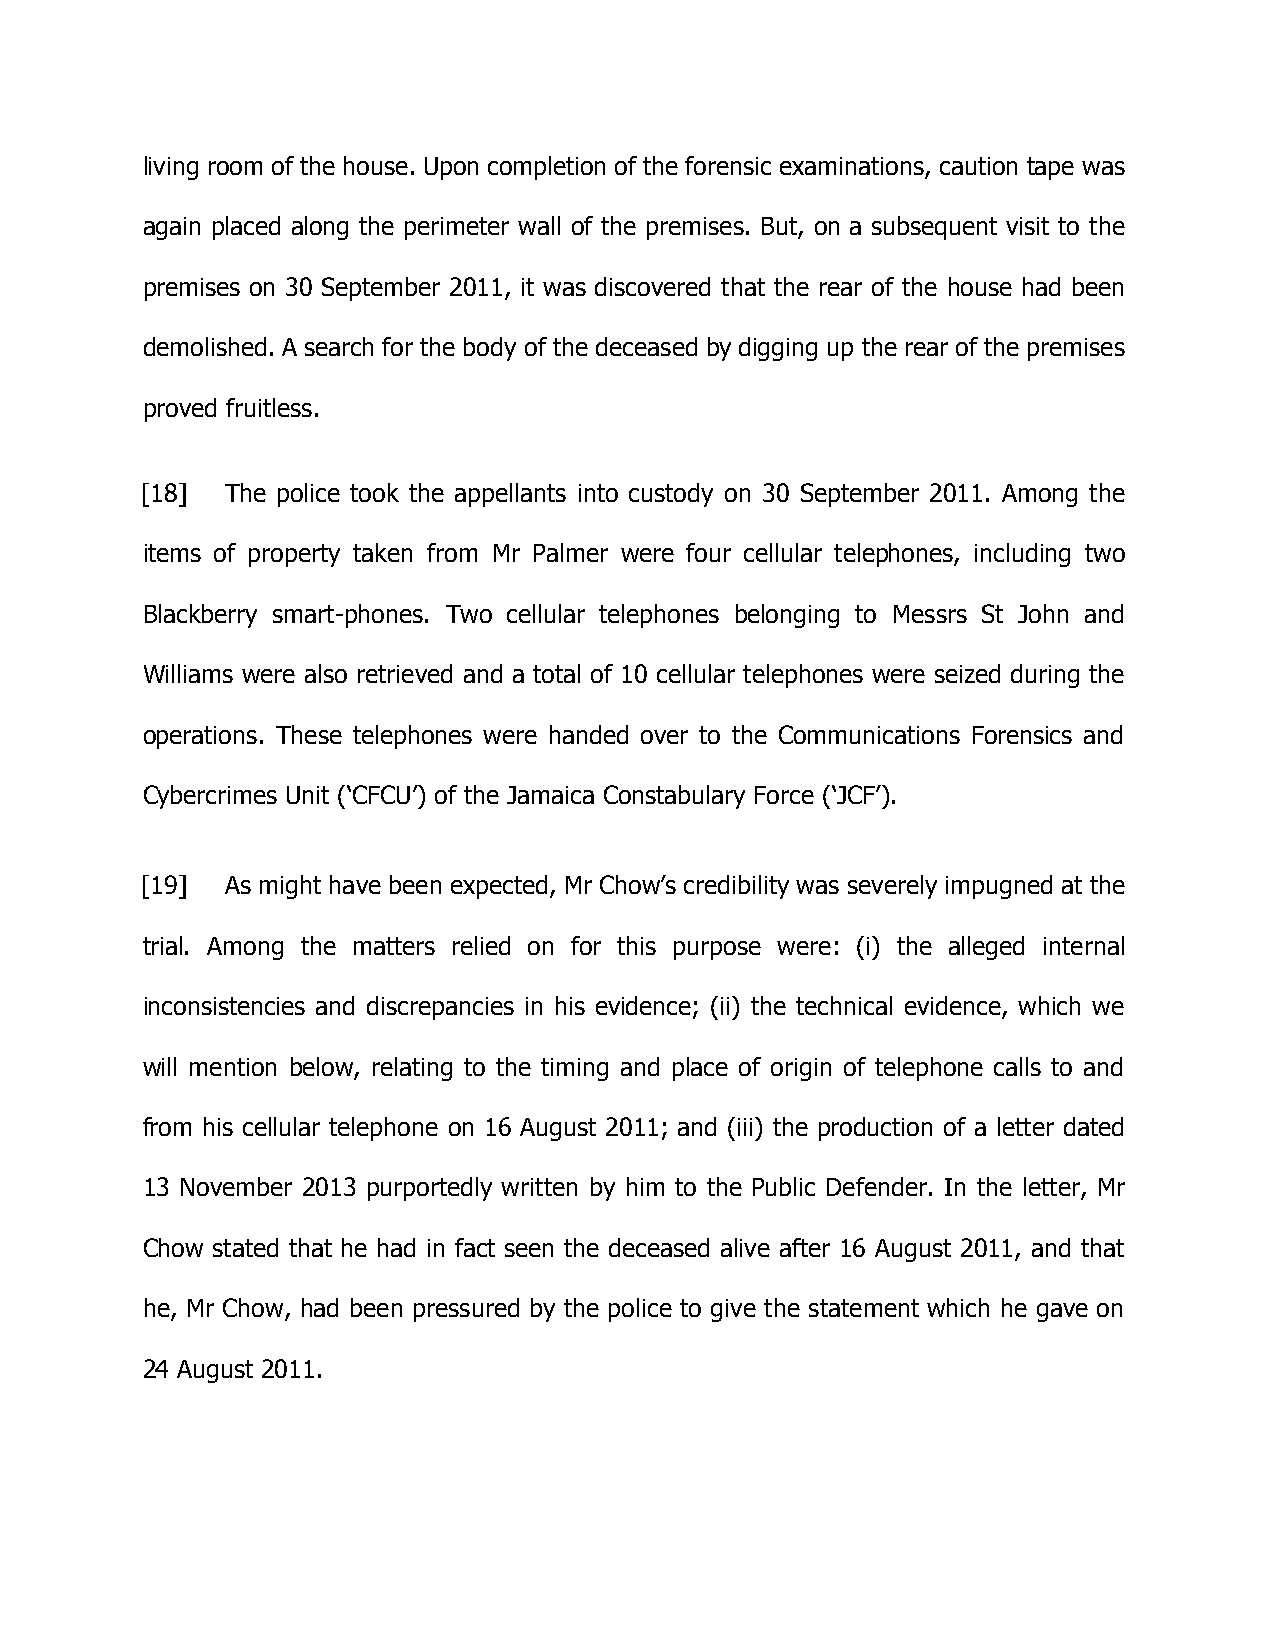
living room of the house. Upon completion of the forensic examinations, caution tape was
 again placed along the perimeter wall of the premises. But, on a subsequent visit to the
 premises on 30 September 2011, it was discovered that the rear of the house had been
 demolished. A search for the body of the deceased by digging up the rear of the premises
 proved fruitless.
 [18]  The police took the appellants into custody on 30 September 2011. Among the
 items of property taken from Mr Palmer were four cellular telephones, including two
 Blackberry smart-phones. Two cellular telephones belonging to Messrs St John and
 Williams were also retrieved and a total of 10 cellular telephones were seized during the
 operations. These telephones were handed over to the Communications Forensics and
 Cybercrimes Unit (‘CFCU’) of the Jamaica Constabulary Force (‘JCF’).
 [19]  As might have been expected, Mr Chow’s credibility was severely impugned at the
 trial. Among the matters relied on for this purpose were: (i) the alleged internal
 inconsistencies and discrepancies in his evidence; (ii) the technical evidence, which we
 will mention below, relating to the timing and place of origin of telephone calls to and
 from his cellular telephone on 16 August 2011; and (iii) the production of a letter dated
 13 November 2013 purportedly written by him to the Public Defender. In the letter, Mr
 Chow stated that he had in fact seen the deceased alive after 16 August 2011, and that
 he, Mr Chow, had been pressured by the police to give the statement which he gave on
 24 August 2011.